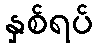
နှစ်ရပ်